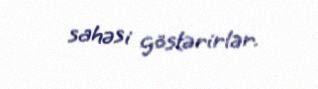
sahəsi göstərirlər.